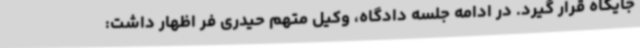
جایگاه قرار گیرد. در ادامه جلسه دادگاه، وکیل متهم حیدری فر اظهار داشت: